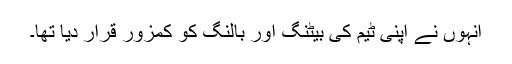
انہوں نے اپنی ٹیم کی بیٹنگ اور بالنگ کو کمزور قرار دیا تھا۔